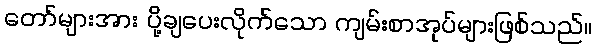
တော်များအား ပို့ချပေးလိုက်သော ကျမ်းစာအုပ်များဖြစ်သည်။